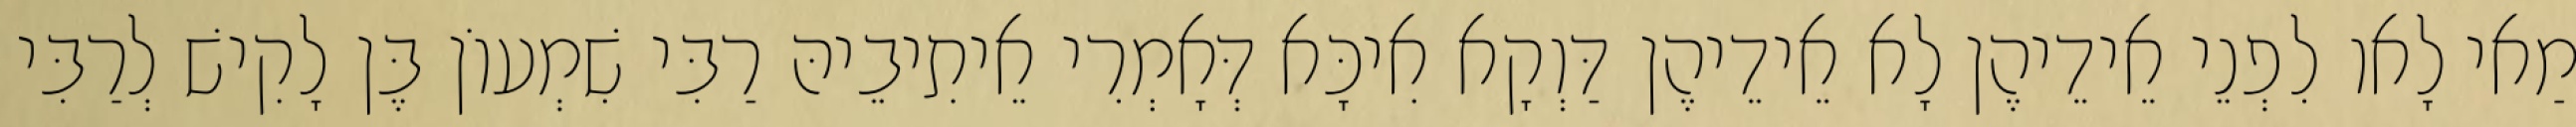
מַאי לָאו לִפְנֵי אֵידֵיהֶן לָא אֵידֵיהֶן דַּוְקָא אִיכָּא דְּאָמְרִי אֵיתִיבֵיהּ רַבִּי שִׁמְעוֹן בֶּן לָקִישׁ לְרַבִּי